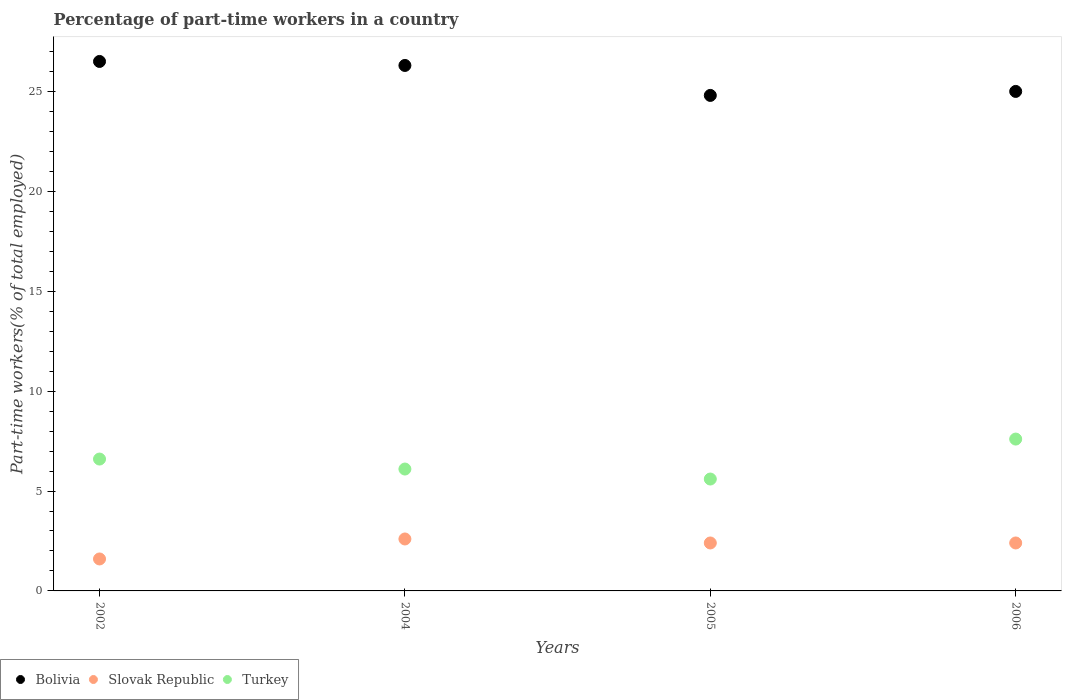
| Years | Bolivia | Slovak Republic | Turkey |
 | --- | --- | --- | --- |
 | 2002 | 26.5 | 1.6 | 6.6 |
 | 2004 | 26.3 | 2.6 | 6.1 |
 | 2005 | 24.8 | 2.4 | 5.6 |
 | 2006 | 25 | 2.4 | 7.6 |